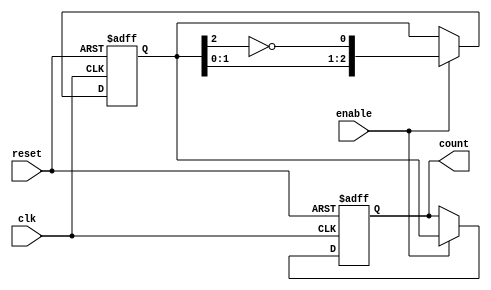
module Johnson_Counter_with_Enable(
    input clk,
    input reset,
    input enable,
    output reg [2:0] count
);

reg [2:0] q_next;

always @(posedge clk or posedge reset) begin
    if (reset) begin
        count <= 3'b000;
    end else if (enable) begin
        count <= q_next;
    end
end

always @(posedge clk or posedge reset) begin
    if (reset) begin
        q_next <= 3'b000;
    end else if (enable) begin
        q_next <= {q_next[1:0], ~q_next[2]};
    end
end

endmodule